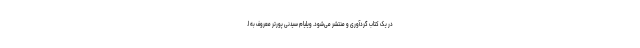
در یک کتاب گردآوری و منتشر می‌شود. ویلیام سیدنی پورتر معروف به اُ.